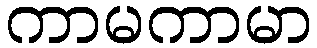
ကာမကာမာ